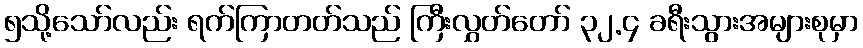
၅သို့သော်လည်း ရက်ကြာတတ်သည် ကြီးလွှတ်တော် ၃၂.၄ ခရီးသွားအများစုမှာ